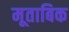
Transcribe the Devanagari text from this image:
मूताबिक